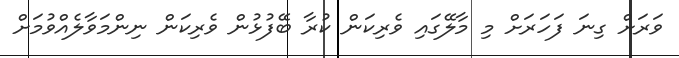
ވަރަށް ގިނަ ފަހަރަށް މި މާލޭގައި ވެރިކަން ކުރާ ބޭފުޅުން ވެރިކަން ނިންމަވާލެއްވުމަށް